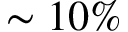
\sim 1 0 \%